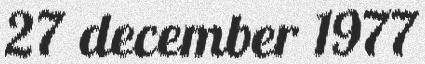
27 december 1977